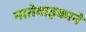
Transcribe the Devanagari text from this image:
नातेवाइकाने